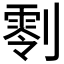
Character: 𠟨